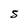
Character: S